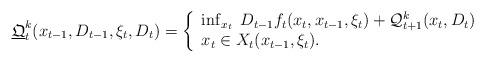
LaTeX: \begin{align*}{\underline{\mathfrak{Q}}}_t^k ( x_{t-1}, D_{t-1} , \xi_t , D_{t} ) = \left\{ \begin{array}{l}\inf_{x_t} \;D_{t-1} f_t(x_t, x_{t-1}, \xi_t ) + \mathcal{Q}_{t+1}^k ( x_{t}, D_t ) \\ x_t \in X_t(x_{t-1}, \xi_t ).\end{array}\right.\end{align*}